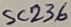
Text: SC236